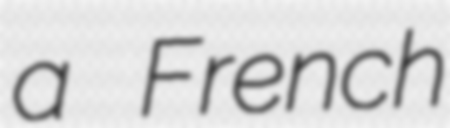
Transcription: a French